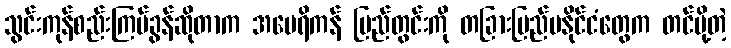
သွင်းကုန်စည်းကြပ်ခွန်ဆိုတာက အမေရိကန် ပြည်တွင်းကို တခြားပြည်ပနိုင်ငံတွေက တင်ပို့တဲ့